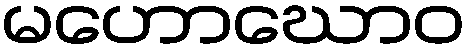
မဟောဃောဝ